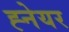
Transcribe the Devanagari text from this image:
ह्नेयर